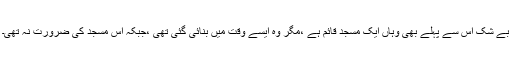
بے شک اس سے پہلے بھی وہاں ایک مسجد قائم ہے ،مگر وہ ایسے وقت میں بنائی گئی تھی ،جبکہ اس مسجد کی ضرورت نہ تھی۔